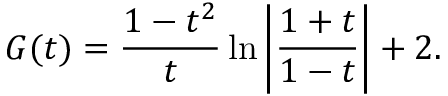
G ( t ) = \frac { 1 - t ^ { 2 } } { t } \ln \left| \frac { 1 + t } { 1 - t } \right| + 2 .